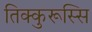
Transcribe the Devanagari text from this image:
तिक्कुरूस्सि